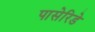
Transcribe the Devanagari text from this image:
पासेरिडे